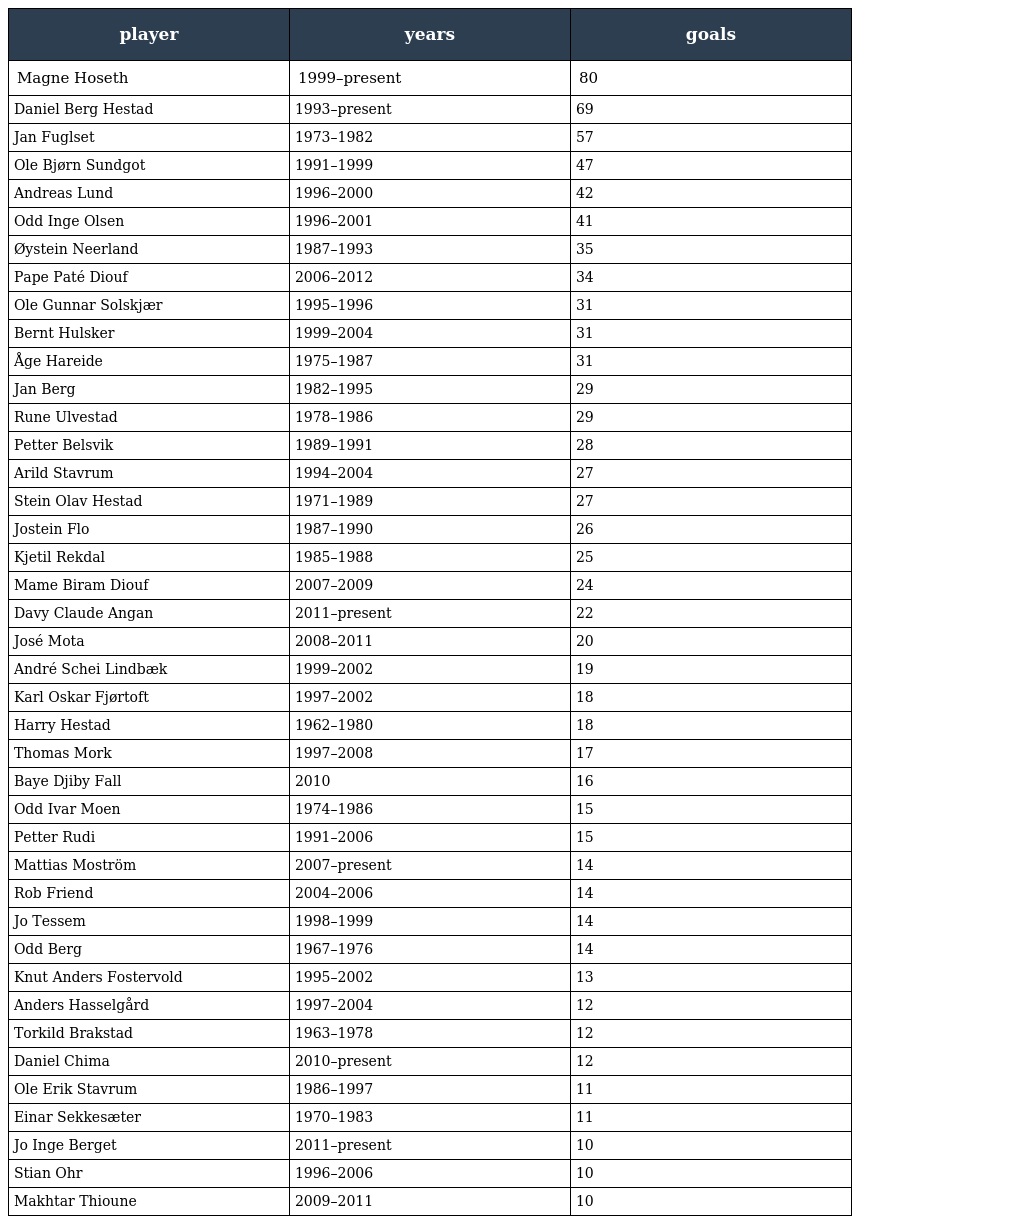
| player | years | goals |
 | --- | --- | --- |
 | Magne Hoseth | 1999–present | 80 |
 | Daniel Berg Hestad | 1993–present | 69 |
 | Jan Fuglset | 1973–1982 | 57 |
 | Ole Bjørn Sundgot | 1991–1999 | 47 |
 | Andreas Lund | 1996–2000 | 42 |
 | Odd Inge Olsen | 1996–2001 | 41 |
 | Øystein Neerland | 1987–1993 | 35 |
 | Pape Paté Diouf | 2006–2012 | 34 |
 | Ole Gunnar Solskjær | 1995–1996 | 31 |
 | Bernt Hulsker | 1999–2004 | 31 |
 | Åge Hareide | 1975–1987 | 31 |
 | Jan Berg | 1982–1995 | 29 |
 | Rune Ulvestad | 1978–1986 | 29 |
 | Petter Belsvik | 1989–1991 | 28 |
 | Arild Stavrum | 1994–2004 | 27 |
 | Stein Olav Hestad | 1971–1989 | 27 |
 | Jostein Flo | 1987–1990 | 26 |
 | Kjetil Rekdal | 1985–1988 | 25 |
 | Mame Biram Diouf | 2007–2009 | 24 |
 | Davy Claude Angan | 2011–present | 22 |
 | José Mota | 2008–2011 | 20 |
 | André Schei Lindbæk | 1999–2002 | 19 |
 | Karl Oskar Fjørtoft | 1997–2002 | 18 |
 | Harry Hestad | 1962–1980 | 18 |
 | Thomas Mork | 1997–2008 | 17 |
 | Baye Djiby Fall | 2010 | 16 |
 | Odd Ivar Moen | 1974–1986 | 15 |
 | Petter Rudi | 1991–2006 | 15 |
 | Mattias Moström | 2007–present | 14 |
 | Rob Friend | 2004–2006 | 14 |
 | Jo Tessem | 1998–1999 | 14 |
 | Odd Berg | 1967–1976 | 14 |
 | Knut Anders Fostervold | 1995–2002 | 13 |
 | Anders Hasselgård | 1997–2004 | 12 |
 | Torkild Brakstad | 1963–1978 | 12 |
 | Daniel Chima | 2010–present | 12 |
 | Ole Erik Stavrum | 1986–1997 | 11 |
 | Einar Sekkesæter | 1970–1983 | 11 |
 | Jo Inge Berget | 2011–present | 10 |
 | Stian Ohr | 1996–2006 | 10 |
 | Makhtar Thioune | 2009–2011 | 10 |